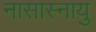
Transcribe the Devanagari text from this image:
नासास्नायु